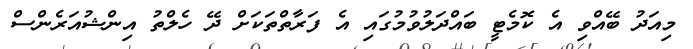
މިއަދު ބޭއްވި އެ ކޮމެޓީ ބައްދަލުވުމުގައި އެ ފަރާތްތަކަށް ދޭ ހެލްތު އިންޝުއަރެންސް